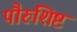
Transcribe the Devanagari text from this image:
पौरुशिष्ट